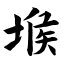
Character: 堠